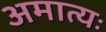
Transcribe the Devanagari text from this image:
अमात्यः